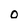
Character: o